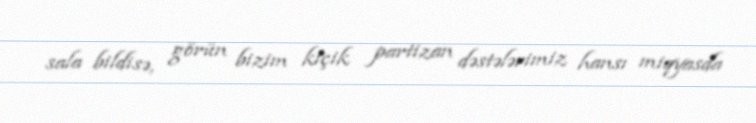
sala bildisə, görün bizim kiçik partizan dəstələrimiz hansı miqyasda